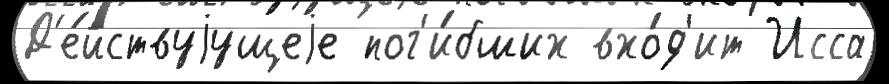
Д'е́йствуjущеjе пог'и́бших вхо́д'ит Исса